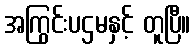
အကြွင်းပဌမနှင့် တူပြီ။